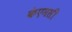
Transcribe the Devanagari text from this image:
केएमसी